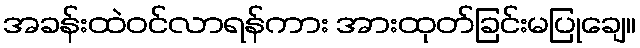
အခန်းထဲဝင်လာရန်ကား အားထုတ်ခြင်းမပြုချေ။